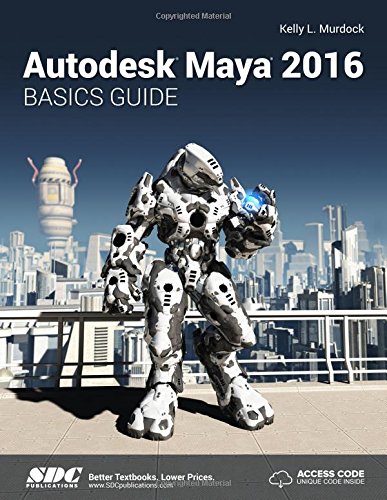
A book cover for Autodesk Maya 2016 Basics Guide; Kelly Murdock; Engineering & Transportation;